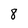
Character: 8